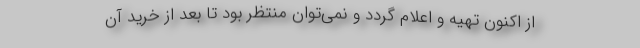
از اکنون تهیه و اعلام گردد و نمی‌توان منتظر بود تا بعد از خرید آن